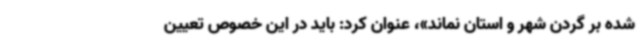
شده بر گردن شهر و استان نماند»، عنوان کرد: باید در این خصوص تعیین